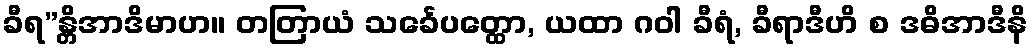
ခီရ”န္တိအာဒိမာဟ။ တတြာယံ သင်္ခေပတ္ထော, ယထာ ဂဝါ ခီရံ, ခီရာဒီဟိ စ ဒဓိအာဒီနိ